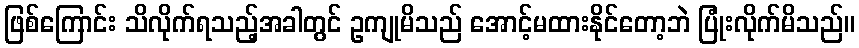
ဖြစ်ကြောင်း သိလိုက်ရသည့်အခါတွင် ဥကျုမိသည် အောင့်မထားနိုင်တော့ဘဲ ပြုံးလိုက်မိသည်။